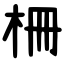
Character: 柵